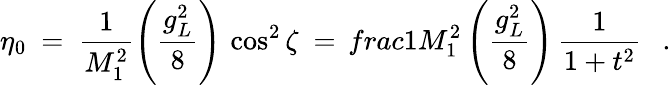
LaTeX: \eta_{0}\ =\ \frac{1}{M_{1}^{2}}\left(\frac{g_{L}^{2}}{8}\right)\, \cos^{2}\zeta\ =\, frac{1}{M_{1}^{2}}\left(\frac{g_{L}^{2}}{8}\right)\, \frac{1}{1+t^{2}}\ \ \ .